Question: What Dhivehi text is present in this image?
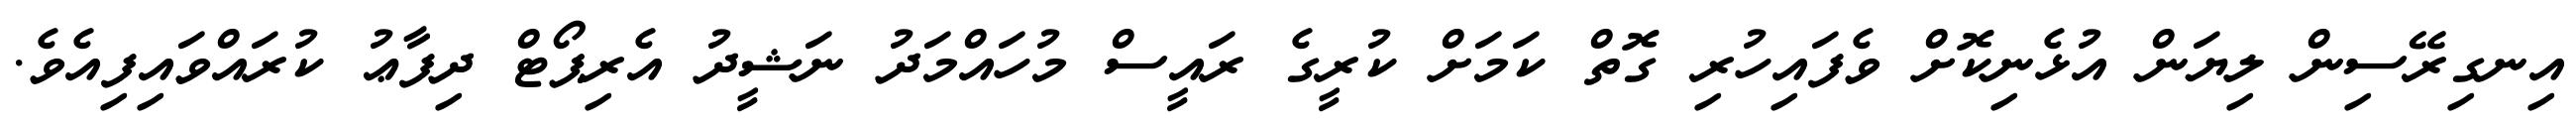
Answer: އިނގިރޭސިން ލިޔަން އުޅެނިކޮށް ވެފައިހުރި ގޮތް ކަމަށް ކުރީގެ ރައީސް މުހައްމަދު ނަޝީދު އެރިޕޯޓް ދިފާޢު ކުރައްވައިފިއެވެ.